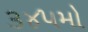
૩૪૫મો